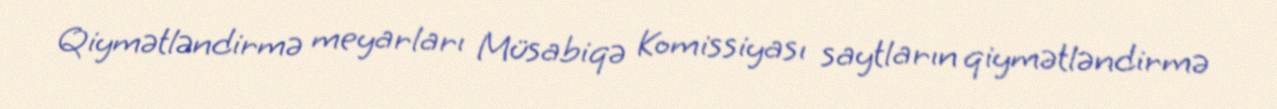
Qiymətləndirmə meyarları Müsabiqə Komissiyası saytların qiymətləndirmə